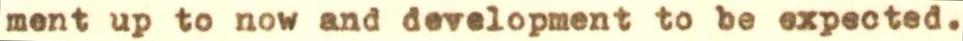
ment up to now and development to be expected.